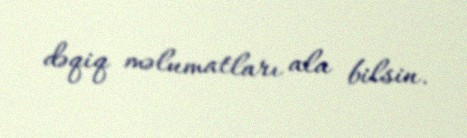
dəqiq məlumatları ala bilsin.